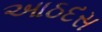
આઠદસ